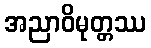
အညာဝိမုတ္တဿ